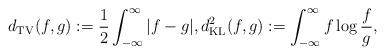
LaTeX: \begin{align*}d_{\mathrm{TV}}(f,g) := \frac{1}{2}\int_{-\infty}^\infty |f - g|, d_{\mathrm{KL}}^2(f,g) := \int_{-\infty}^\infty f \log \frac{f}{g},\end{align*}